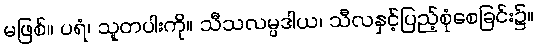
မဖြစ်။ ပရံ၊ သူတပါးကို။ သီသလမ္ပဒါယ၊ သီလနှင့်ပြည့်စုံစေခြင်း၌။